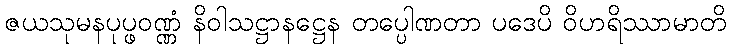
ဇယသုမနပုပ္ဖဝဏ္ဏံ နိဝါသဋ္ဌာနဋ္ဌေန တပ္ပေါဏတာ ပဒေပိ ဝိဟရိဿာမာတိ